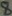
Text: 8